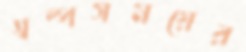
স্বল্পসময়ের